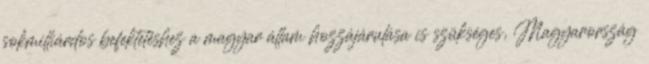
sokmilliárdos befektetéshez a magyar állam hozzájárulása is szükséges, Magyarország